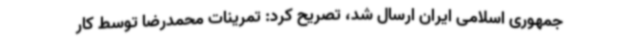
جمهوری اسلامی ایران ارسال شد، تصریح کرد: تمرینات محمدرضا توسط کار